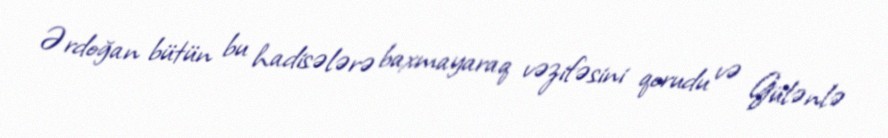
Ərdoğan bütün bu hadisələrə baxmayaraq vəzifəsini qorudu və Gülənlə